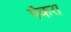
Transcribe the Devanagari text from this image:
पेँकरा